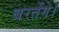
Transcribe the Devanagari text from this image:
बरतेंगे।